Vaccination in Burma 1889-1999 - 1889-1999
Year: 1889
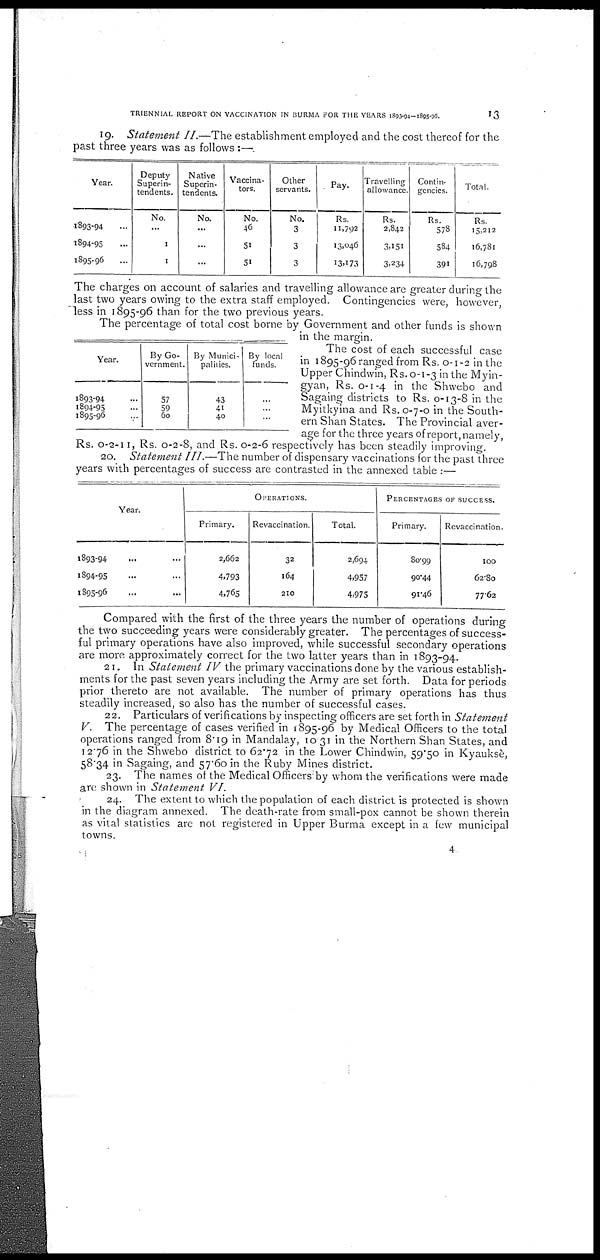
TRIENNIAL REPORT ON VACCINATION IN BURMA FOR THE YEARS 1893-94-1895-96.
13
19. Statement II.—The establishment employed and the cost thereof for the
past three years was as follows:—
Year.
1893-94...
1894-95...
1895-96...
Deputy
Superin-
tendents.
No.
...
1
1
Native
Superin-
tendents.
No.
...
...
...
Vaccina-
tors.
No.
46
51
51
Other
servants.
No.
3
3
3
Pay.
Rs.
11,792
13,046
13,173
Travelling
allowance.
Rs.
2,842
3,151
3,234
Contin-
gencies.
Rs.
578
584
391
Total.
Rs.
15,212
16,781
16,798
The charges on account of salaries and travelling allowance are greater during the
last two years owing to the extra staff employed. Contingencies were, however,
less in 1895-96 than for the two previous years.
Year.
1893-94...
1894-95...
1895-96...
By Go-
vernment.
57
59
60
By Munici-
palities.
43
41
40
By local
funds.
...
...
...
The percentage of total cost borne by Government and other funds is shown
in the margin.
The cost of each successful case
in 1895-96 ranged from Rs. 0-1-2 in the
Upper Chindwin, Rs. 0-1-3 in the Myin-
gyan, Rs. 0-1-4 in the Shwebo and
Sagaing districts to Rs. 0-13-8 in the
Myitkyina and Rs. 0-7-0 in the South-
ern Shan States. The Provincial aver-
age for the three years of report, namely,
Rs. 0-2-11, Rs. 0-2-8, and Rs. 0-2-6 respectively has been steadily improving.
20. Statement III.—The number of dispensary vaccinations for the past three
years with percentages of success are contrasted in the annexed table :—
Year.
1893-94 ...
1894-95 ...
1895-96 ...
OPERATIONS.
Primary.
2,662
4,793
4,765
Revaccination.
32
164
210
Total.
2,694
4,957
4,975
PERCENTAGES OF SUCCESS.
Primary.
80.99
90.44
91.46
Revaccination.
100
62.80
77.62
Compared with the first of the three years the number of operations during
the two succeeding years were considerably greater. The percentages of success-
ful primary operations have also improved, while successful secondary operations
are more approximately correct for the two latter years than in 1893-94.
21. In Statement IV the primary vaccinations done by the various establish-
ments for the past seven years including the Army are set forth. Data for periods
prior thereto are not available. The number of primary operations has thus
steadily increased, so also has the number of successful cases.
22. Particulars of verifications by inspecting officers are set forth in Statement
V. The percentage of cases verified in 1895-96 by Medical Officers to the total
operations ranged from 8.19 in Mandalay, 10.31 in the Northern Shan States, and
12.76 in the Shwebo district to 62.72 in the Lower Chindwin, 59.50 in Kyauksè,
58.34 in Sagaing, and 57.60 in the Ruby Mines district.
23. The names of the Medical Officers by whom the verifications were made
are shown in Statement VI.
24. The extent to which the population of each district is protected is shown
in the diagram annexed. The death-rate from small-pox cannot be shown therein
as vital statistics are not registered in Upper Burma except in a few municipal
towns.
4